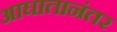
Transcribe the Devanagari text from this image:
आघातानंतर